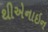
થીએનાઇન